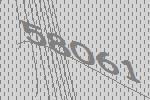
58061